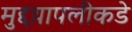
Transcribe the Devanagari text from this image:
मुद्दय़ापलीकडे